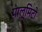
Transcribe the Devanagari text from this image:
पाल्मिटो